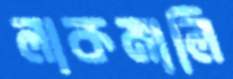
লাকমালি